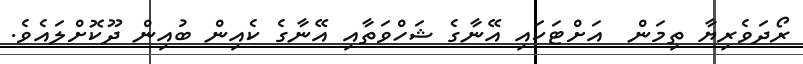
ރޯދަވެރިޔާ ތިމަން  އަށްޓަކައި އޭނާގެ ޝަހްވަތާއި އޭނާގެ ކެއިން ބުއިން ދޫކޮށްލައެވެ.